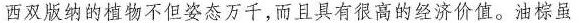
西双版纳的植物不但姿态万千，而且具有很高的经济价值。油棕虽